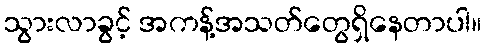
သွားလာခွင့် အကန့်အသတ်တွေရှိနေတာပါ။